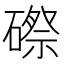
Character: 磜